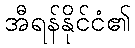
အီရန်နိုင်ငံ၏